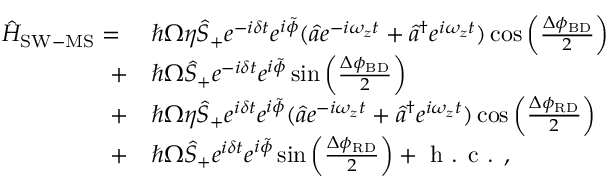
\begin{array} { r l } { \hat { H } _ { \mathrm { S W - M S } } = \ } & { \hbar \Omega \eta \hat { S } _ { + } e ^ { - i \delta t } e ^ { i \tilde { \phi } } ( \hat { a } e ^ { - i \omega _ { z } t } + \hat { a } ^ { \dagger } e ^ { i \omega _ { z } t } ) \cos { \left( \frac { \Delta \phi _ { \mathrm { B D } } } { 2 } \right) } } \\ { + } & { \hbar \Omega \hat { S } _ { + } e ^ { - i \delta t } e ^ { i \tilde { \phi } } \sin { \left( \frac { \Delta \phi _ { \mathrm { B D } } } { 2 } \right) } } \\ { + } & { \hbar \Omega \eta \hat { S } _ { + } e ^ { i \delta t } e ^ { i \tilde { \phi } } ( \hat { a } e ^ { - i \omega _ { z } t } + \hat { a } ^ { \dagger } e ^ { i \omega _ { z } t } ) \cos { \left( \frac { \Delta \phi _ { \mathrm { R D } } } { 2 } \right) } } \\ { + } & { \hbar \Omega \hat { S } _ { + } e ^ { i \delta t } e ^ { i \tilde { \phi } } \sin { \left( \frac { \Delta \phi _ { \mathrm { R D } } } { 2 } \right) + \textrm { h . c . } , } } \end{array}